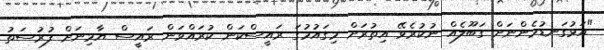
"އަޅުގަނޑުމެންނަށް ގަބޫލެއް ނުކުރެވޭ އިތުރަށް މިގައުމުގަ ރައީސްކަން ކުރައްވަން ރައީސް ޔާމިނަށް ފުރުސަތު